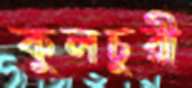
কুলচুরী